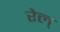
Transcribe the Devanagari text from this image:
रेल्